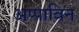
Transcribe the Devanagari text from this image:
अप्पाविन